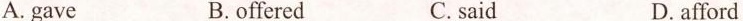
A.gave B.offered C.said D.afford